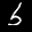
Label: 5